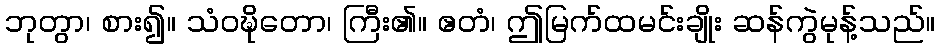
ဘုတွာ၊ စား၍။ သံဝဍ္ဎိတော၊ ကြီး၏။ ဧတံ၊ ဤမြက်ထမင်းချိုး ဆန်ကွဲမုန့်သည်။